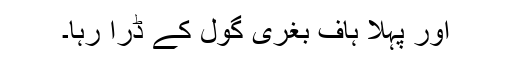
اور پہلا ہاف بغری گول کے ڈرا رہا۔